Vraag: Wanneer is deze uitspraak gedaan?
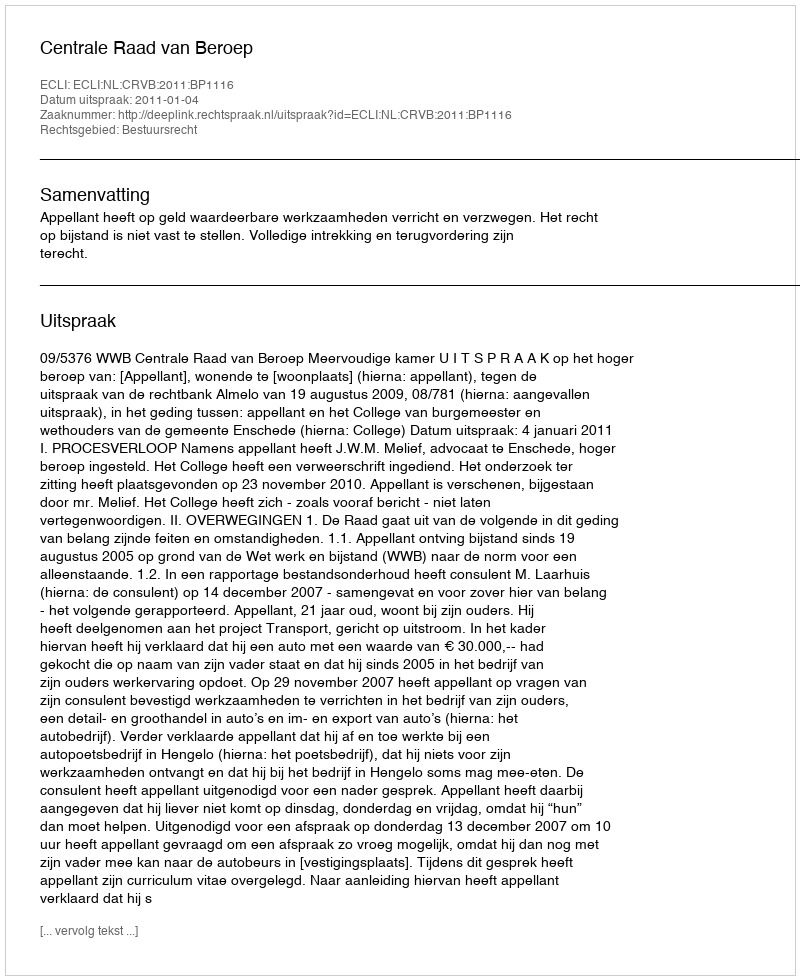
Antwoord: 2011-01-04